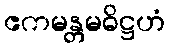
ဧကမန္တမဓိဋ္ဌဟံ